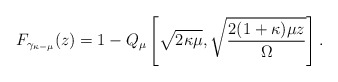
\begin{align*}F_{\gamma_{\kappa-\mu}}(z)=1-Q_{\mu }\left[\sqrt {2\kappa \mu }, \sqrt{\frac{2(1+\kappa )\mu z}{\Omega}}\right].\end{align*}